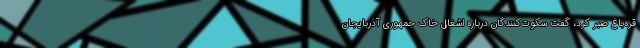
قره‌باغ صبر کرد، گفت سکوت‌کنندگان درباره اشغال خاک جمهوری آذربایجان